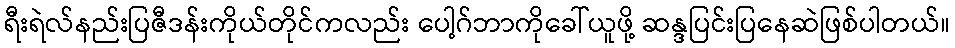
ရီးရဲလ်နည်းပြဇီဒန်းကိုယ်တိုင်ကလည်း ပေါ့ဂ်ဘာကိုခေါ်ယူဖို့ ဆန္ဒပြင်းပြနေဆဲဖြစ်ပါတယ်။